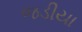
જડીયા